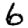
Digit: 6